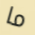
ما